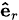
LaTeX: \scriptstyle\mathbf{\hat{e}}_{r}